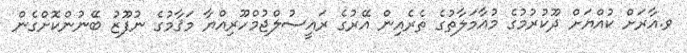
ވ.އާރަށް ކުއްޔަށް ދޫކުރުމުގެ މުއާމަލާތުގެ ތެރެއިން އޭރުގެ ރައީސުލްޖުމްހޫރިއްޔާ މަޤާމުގެ ނުފޫޒު ބޭނުންކޮށްގެން